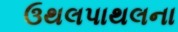
ઉથલપાથલના